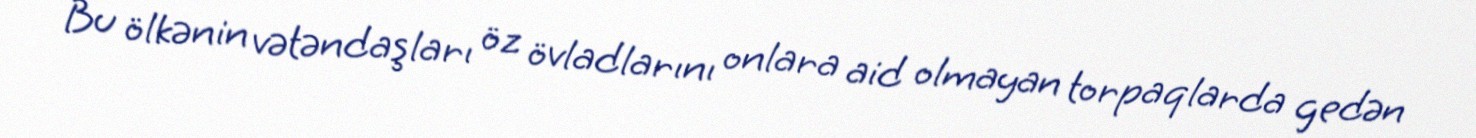
Bu ölkənin vətəndaşları öz övladlarını onlara aid olmayan torpaqlarda gedən